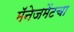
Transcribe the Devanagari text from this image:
मॅनेजमेंटचा